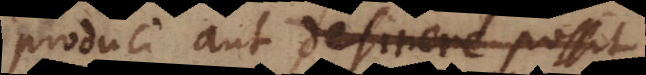
produci aut extingui possit,